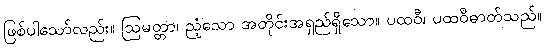
ဖြစ်ပါသော်လည်း။ ဩမတ္တာ၊ ညံ့သော အတိုင်းအရှည်ရှိသော။ ပထဝီ၊ ပထဝီဓာတ်သည်။